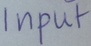
Text: Input